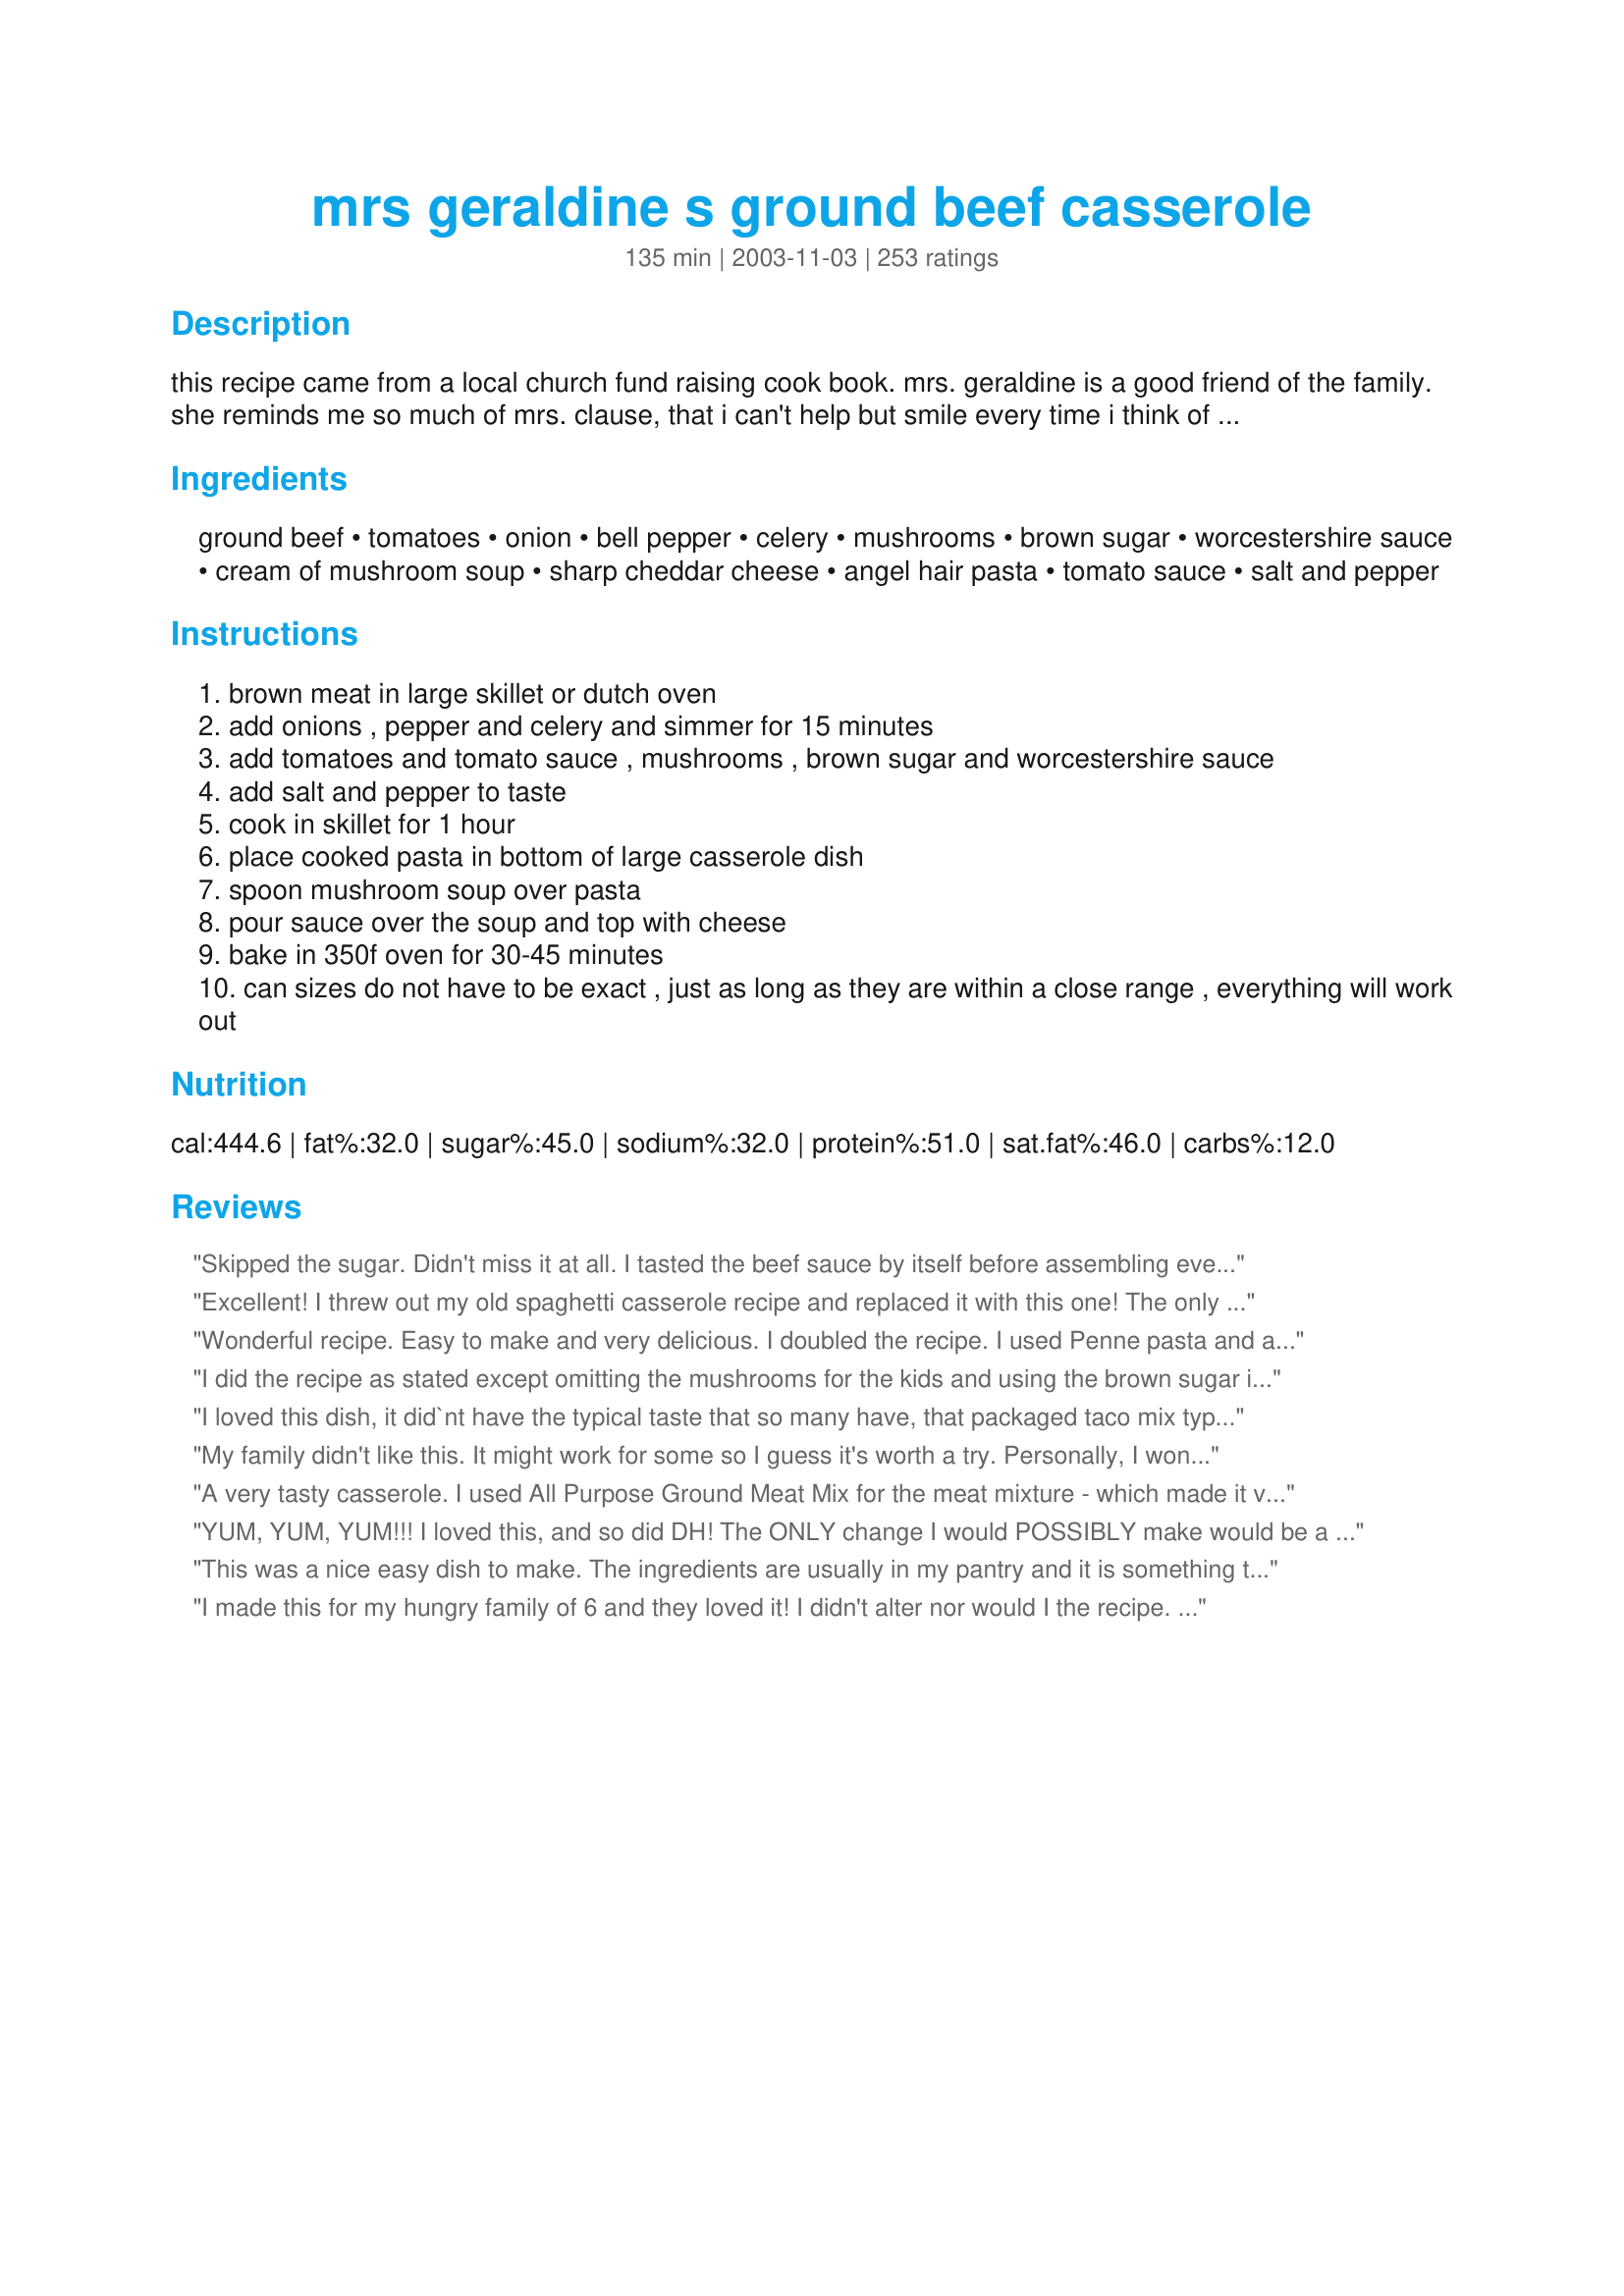
mrs geraldine s ground beef casserole
Preparation time: 135 minutes

this recipe came from a local church fund raising cook book. mrs. geraldine is a good friend of the family. she reminds me so much of mrs. clause, that i can't help but smile every time i think of her. this recipe freezes well. do not bake before freezing. just put it together, freeze it, thaw it and cook.

Ingredients:
ground beef, tomatoes, onion, bell pepper, celery, mushrooms, brown sugar, worcestershire sauce, cream of mushroom soup, sharp cheddar cheese, angel hair pasta, tomato sauce, salt and pepper

Steps:
brown meat in large skillet or dutch oven
add onions , pepper and celery and simmer for 15 minutes
add tomatoes and tomato sauce , mushrooms , brown sugar and worcestershire sauce
add salt and pepper to taste
cook in skillet for 1 hour
place cooked pasta in bottom of large casserole dish
spoon mushroom soup over pasta
pour sauce over the soup and top with cheese
bake in 350f oven for 30-45 minutes
can sizes do not have to be exact , just as long as they are within a close range , everything will work out

Reviews:
Skipped the sugar. Didn't miss it at all. I tasted the beef sauce by itself before assembling everything and worried that it might be too bland, but the cheese really makes all the difference. We also didn't bake it at the end; DH popped it in the microwave instead. Nonetheless really delicious! But as a one-dish meal, we think it really offered 4 servings, not 6. Maybe it's because I used whole wheat pasta? I won't hesitate to add more onions, celery and bell pepper next time!
Excellent! I threw out my old spaghetti casserole recipe and replaced it with this one! The only thing I did differently was to add sliced black olives to the sauce. Awesome!!!
Wonderful recipe. Easy to make and very delicious. I doubled the recipe. I used Penne pasta and added a little bit of ground pork sausage to the ground beef. I seasoned with Tony Chacheres, Oregano, and Garlic. Initially, I thought I had two cans of Cream of Mushroom, but discovered one was Cream of Mushroom/Chicken. I used it instead of going to the store. Still came out excellent. My grandmother suggested we make this dish for Thanksgiving!
I did the recipe as stated except omitting the mushrooms for the kids and using the brown sugar instead of pickle juice. It was rather disappointing. I don't know but maybe my taste buds are picky. I couldn't get the kids to eat it either. It tasted like sloppy joe on spaghetti noodles to me. Probably won't make it again. Sorry.
I loved this dish, it did`nt have the typical taste that so many have, that packaged taco mix type. I added a little more hamburger, I happened to have some fresh mushrooms so used that, I did the sweet pickle juice just because it intrigued me. I made two 9/9 dishes, one for the freezer because theres just the two of us. I will definitly make it again, Thanks.
My family didn't like this. It might work for some so I guess it's worth a try. Personally, I won't be making this again.
A very tasty casserole.
I used <a href="/31008">All Purpose Ground Meat Mix</a> for the meat mixture - which made it very simple to put together-and fresh mushrooms. Also used penne pasta and mixed the soup with it,but I did leave the pasta layer on the bottom.A very economical and tasty meal...I put half of each into two casseroles and froze one for later. Yum, can't wait!!!

3rd September 2006 - just a note to say that this has become a real regular in our house.... it's my go-to recipe when I'm strapped for time or when I'm not feeling up to cooking something elaborate. I've taken to adding a grated carrot and zucchini with the onions.
YUM, YUM, YUM!!! I loved this, and so did DH! The ONLY change I would POSSIBLY make would be a bit less sugar, and DH disagrees with me on that one! A great and easy dish to make whenever comfort food is called for. Thanks!!
This was a nice easy dish to make. The ingredients are usually in my pantry and it is something that my teenagers can throw together when it's their night to cook. Thanks for sharing, JellyQueen!
I made this for my hungry family of 6 and they loved it! I didn't alter nor would I the recipe. The only problem I had with it, is there were no leftovers... 2 + hours of prep time and no leftovers... may see about making double batch next time.
This is the ultimate comfort food! Tastes like something from my childhood. The only changes I made were to add three cloves of garlic when saut?ing the veggies and I used about 1/2 pound of beef instead of the full pound (it was plenty meaty for us). Thank you so much for this recipe, it's a keeper!
Made this yesterday as written. This is fantastic! My granddaughter ate 3 servings over a 2 hour period, ranted and raved how good it was. Will be making this again.
This was very good- worth the time. I didn't have all of the cheddar cheese this recipe required- so I improvised. I topped the casserole with American slices first, and then used about a cup of Mexican three cheese blend, and finished it off with shredded parm. It was really good, and I think thats how I'll make it every time!
Thanks for posting!
YUMMY!!! My family enjoyed this dish very much. Sucha great blend of flavors-thanks!!
This was excellent! Comfort food at its best. I had to make a couple of adjustments due to lack of some items. I had no celery and used fresh mushrooms. Used cream of chicken soup (that's all I had) and made mashed potatoes on the side instead as we had pasta the night before. My stepson even made a comment that it was good, which he doesn't do too often. Thanks for a keeper JQ!
Mmmm...kinda hamburger helper-ish, but good. 

I didn't have cream of mushroom soup on hand so I made a simple white sauce with mushrooms. Also, didn't have tomato sauce, used tomato soup instead and cut back the sugar to 1/2 tbsp. I mixed 2/3 of the cream of mushroom mix to the tomato sauce and mixed the remaining 1/3 with the noodles. I liked having two separate layers this way. I split the recipe into two pans, freezing one of them. I will add this recipe to my monthly freeze-ahead casserole rotation. Thanks!!!
Very good. I used elbow macaroni (because that's what I had in the cabinet). Didn't have worcestershire so I omitted that and the brown sugar. Left out the mushrooms and celery for my pickers. Was still really good. I might up the tomato sauce (next time will maybe try 2 cans) - but this was really good and my kids loved it.
I liked this better than my husband. He thought it was bland. I used the angel hair pasta, but think elbow macaroni would be better.
Delicious! I used the same ingredients except I subbed elbow macaroni, but I didn't bother to cook the ground beef and sauce mixture together at all. Once the ground beef and vegetables were cooked together, I simply mixed all the ingredients together and baked it. It was not overly saucy and cut the cooking time significantly. It was out of this world. Thank you for sharing, from all of us!
We loved this casserole. I left out the brown sugar because we don't like things too sweet. I also used a 28 oz can of tomatoes. Thanks.
I made this last night for dinner, yummy! Thanks for the recipe. I made quite lot of changes based on taste/what I had in the pantry, here's what I came up with: I used 1 28 oz can pureed tomatoes instead of the can of tomatoes & tomato sauce recipe called for. Added extra chopped sweet onion. Used red bell pepper and orange pepper instead of green, also probably used about 3/4 cup to a cup. Used about a teaspoon of celery seed instead of chopped celery.
Substituted chopped artichokes instead of mushrooms. Used cream of celery soup instead of cream of mushroom. Used manchego cheese instead of cheddar. Used Penne cooked to al dente instead of cooked angel hair pasta. And as the other reviewer suggested, I added 2 cloves of fresh chopped garlic to the onions as they cooked, and I stirred the whole thing prior to baking. Mine was not watery at all nor did I have to wait for the sauce to reduce a lot over the stove, really was delicious! We are thinking next time I make it to add maybe some chopped jalapenos and/or chopped green chiles. Mmmm!!! This is definitely a keeper!!
Jellyqueen, You must be seeing stars (5 of them) in your sleep. What is this now? The 43rd rave review? Although this dish took much longer than I usually like to spend on a week night, it was well worth it. I followed your directions exactly, using the brown sugar but I also took the advice of other reviewers and mixed the sauce and soup with the broken up pasta before putting it in the casserole dish. The family loved this dish! Thanks for a great new favorite!
This was good - kinda reminded me of sloppy joes on pasta. My 9 yo daughter wasn't crazy about the mushrooms or the taste. I read one review that mentioned using 2 cans of cream of mushroom soup instead of 1...I agree with that. I also added 2 cloves of crushed garlic as some suggested...a good add. Also, I only cooked the meat mixture on stove-top for 30 minutes an that was plenty. Any more time and it would have been too dry for the casserole.
This was a very good, hearty casserole. I cannot give it 5 stars because I altered the recipe slightly: I didn't have the 15 oz. can of tomatoes, just a 28-oz can of pureed tomatoes. I didn't put a full 1/4 cup of celery in, nor did I have any tomato sauce. All said and done, my husband and I have been enjoying leftovers of this cassorole for lunch all this week, so 5 stars for how economical this dish is. Next time I will add italian seasoning and perhaps some red pepper flakes to give it a little more zing. Thank you for the recipe!
I think I've found a new addiction, this casserole. Made as written except I didn't have celery and I added garlic. I only simmered the sauce for 30 min.(was in a time crunch) but it turned out great. I'm already looking forward to the leftovers tomarrow. Thanks for the new recipe, it will be a favorite in my house.
This dish was delicious. I didn't thing the sauce would turn out to great, it looked kind of soupy at first. But it thickend quite well at the end of it's cooking time. I also thought the cream of mushroom was kind of weird, but it worked out great. Even my little picky eater brother liked it. I will be making this again soon.
I was really hoping my family would love this, but no one was impressed. Hamburger mixture that you cook and put on top tastes a lot like sloppy joe, and that was pretty good. I would make and eat again, but I don't think my hubby and kids liked it real well.
Made a few changes......... didn't use Peppers or celery but added an extra mushroom. My wife thought it was great..... I think I would like to add some garlic and maybe a little more tomato sauce. Would make it again..........THANKS!!!
My husband and I tried this, but it was a little to sweet for our taste. Thanks for posting though...
Hubs really enjoyed the sweetness of the ground beef mixture and had 2 large servings for dinner...said he just couldn&#039;t resist. I am sure i will be reminded to make this many times over. Thanks!
Very yummy! I also mixed everything together before putting it in the casserole dish and added the cheese 15 minutes before it was done, came out excellent, thanks for the recipe.
I was excited to try after so many great reviews! It was quick & easy to make but a bit sweet for the family. Thanks for a different twist to a simple meal.
Very tasty but very time consuming to make. My entire family liked it. I mixed the soup and noodles together to make the bottom layer before pouring the meat mixture on top.
This was really tasty. I did have to add about a 1/2 tsp of salt. But YUM! Different, but good. Thanks for a new addition to my rotation.
This is sooo good! We loved this. I didn't add in the celery or mushrooms. I used brown sugar and spaghetti instead of angel hair pasta. I also added in a minced garlic clove, some Italian seasoning, and garlic powder.
Absolutely fantastic. It was very greasy, but I think I added too much cheese. Next time I will carefully get every little bit of grease off the meat, and use less (or reduced fat) cheese. This tasted incredible.
This casserole was just delicious! The only change I made was, I added about 1 Tbsp fresh chopped garlic in with the onions, celery and bell pepper, and used fresh sliced mushrooms instead of canned. I didn't have and angel hair pasta on hand, so I used spaghetti. Thank you Jellyqueen for such a wonderful casserole recipe, we really enjoyed it. I will definately be making this again, it was so good....Kittencal :)
Very good. The sweetness was a nice change. 8oz. of Pasta works fine. The Angel Hair is a must for this recipe. Just dump the sauce,soup & pasta together & mix VERY well. Then bake. DEEElish!!!
I left out the mushrooms - didn't have any at home and we were kind of snowed in last night. The daughters ate it - even after they saw the green peppers! That is unusual. Will save this for church pot lucks. I might try to make it and freeze first - and see how it turns out. I like to have casseroles in the freezer. Mary
Great Recipe. Everyone loved it. Gives a little spin to the normal pasta casserole. I also took eveyones advice and mixed the soup with the tomoto sauce.
This was great, My hubby couldn't stop eating it - he said it tasted too good!! Also, really kid friendly, even picky eater will like it!! Thanks for a great recipe!
I found that the mushroom soup did not enhance this dish. I used macaroni noodles in lieu of the thin spaghetti noodles. This recipe makes a lot of servings and leftovers warm up well. Prepared as a participant in the One Dish Casserole Event in the Cooking Photo Forum November 2009.
Family and I enjoyed this casserole. I used chopped tomatoes with chipotle and that added a slight smokey flavor to the tangy sauce. Thanks for sharing.
I have made this several times for people as a gift when someone is too tired to cook (new baby, surgery, death in the family, just moved in, etc) and I always get rave reviews. I double it and it fits nicely in 3 8x8 square pans.
Dissapointed. This tasted great but I had problems. Everything is layered and thats how it stayed after baking. Raw noodles on the bottom, with a layer of soup, with a layer of sauce, with a layer of cheese. I thought something would melt down into the noodles but it didn\'t. I also thought 45 minutes was way too long for the cheese so I added it at the last ten minutes of baking. Couldn\'t see rubberizing the cheese for that long. Wife wasn\'t sure how to serve it either. Tried spaghetti tongs and got a glob of cheese. Tried a serving spoon and got noodles sliding everywhere. Dissapointing, but I will try again and this time mix everything together before it goes into the baking dish.
I have never been as disappointed in a recipe as I was this one. After all the glowing reviews, I even doubled it in anticipation of a new family favorite. Everyone hated the sweet layer and soup layer combo..they wouldn't even eat it. I gave it two stars because it wasn't inedible..just not liked.
Thank you Jellyqueen and Mrs. Geraldine! This was a wonderful casserole. I used a bit more ground beef.. probably about a pound and a half. Also, I didn't have any angel hair pasta so I used spaghetti. My can of tomatoes was 28 ounces, but it all worked out very well. The only other thing I did differently was to add a bit of fresh garlic when I was browning the meat! The end result was absolutely delicious and I'll certainly be making it again!
This was a very delicious casserole! I was short on time so I only let the meat and veggies simmer for 30 minutes in the skillet instead of an hour. It was still great! I will definitely make this again.
All the praise is entirely justified. It was an absolutely lovely dish. I followed the recipe closely, only substituting the cream of mushroom soup for a cream of mushroom and onion and using two cans. I find the combination of the creamy sauce with the tomatoes is exceptional. Thank you for a true keeper!
Our family really enjoyed this recipe. I did make some substitutions to it first. I used ground chicken breast in place of beef, omitted the worcestershire sauce due to allergies, and added a drained can of corn to it. This is a recipe to be added to our make again list. Even my stepdaughter said it was delicious.
This was good, but I think next time I am going to omit the brown sugar and the worchestire sauce. I tasted the worchestire more than I would have liked. Will make again! Thanks
yummy! perfect comfort food. thanks for posting.
This was pretty good. I didn't have the celery or onions but I enjoyed it with them. <br/><br/>Next time I will separate the portions to put in freezer.
Good casserole. I did add garlic, mixed soup into sauce and layered over cooked penne.
Not much to add, after 103 reviews, except "YUM"!!
I also mixed everything together, and topped with cheese. I used only 1 Tbsp. sugar, and omitted the canned mushrooms. Unbelievable taste, even better the next day!!
This is a very warm, comforting dish on winter days. Thanks so much for posting!
Very good! I omitted a few things, because my family doesn't like peppers and mushrooms. I also added some chopped garlic with the onions and I used rotini pasta instead of angel hair. I will post the pick of our meal! I love this recipe!
Well now, I sure didn't know what to expect with this combination. I had ground beef on the shelf that was canned up already and just canned up some awesome tomato sauce the other day so making this was a snap. I did have to sub a can of tomatoes with onions/pepper/celery as I didn't have any celery. I added garlic to the ground beef and extra onion as I was heating it. I used cream of chicken soup instead of mushroom (all I had) mixed in with the cooked angel hair, layered the ground beef mixture on top of that, crossed my fingers, covered with foil and baked for 20 mins in the oven. I uncovered, added shredded cheese and baked for another 20 mins without covering again. What I didn't expect was my BF going back for a big helping of seconds and saying that we could have that again anytime. We really liked this recipe and I am so looking forward to lunch tomorrow! Thanks JQ for a great easy recipe... you made me look good!
Flavor is very good. I used wheat pasta. It's a little bit of work, but definitely worth it.
I have made this recipe several times. Am making it again tonight. I seldom follow recipes exactly as they are written unless they have lots of spice and ingredients. This is one where you can play around with quite a bit. Yes its a little bland. So just added garlic and your favorite spices. I added garlic powder, allspice, epicure beef and steak seasoning. I used coconut sugar instead of brown sugar. I always mix the mushroom soup with the pasta. This casserole is delicious. And yes, take a few minutes to bake it in the oven once its assembled. It is definitely worth the extra few minutes.
The whole family loved this, made exactly according to the recipe!
This was yummy and easy, thanks so much for the new recipe !
 I had a couple of pounds of ground beef in the fridge that needed to be cooked up soon, so I made a double batch of this. In one batch I used herb fettuccine noodles, and in the other I used spagetti. (didn't have any angel hair around) Both batches turned out excellent. I am sitting here now stuffed to the gills wishing I had room to eat one more bowl. I also added one cup of frozen veggies (corn, peas, carrots, and green beans) to each batch. My hat is certainly off to Mrs. Geraldine for this recipie!!!
It was good but not special. I have had terrific spaghetti type recipes and this is just normal. If I did rate I would have put in a 3. I made as directed only used spaghetti instead of angel hair pasta which would not change the overall taste.

UPDATE: It was a lot better the second day. If it was as good on day 1 as day 2 maybe a 4 rating. I thought the description of what to do was plain 1 noodles in pan 2 soup over noodles 3 meat sauce over soup 4 cheese over all
great
I thought this was a great recipe, but hubby and kids would prefer a thicker noodle. Used fresh mushrooms and ground pork instead of hamburger because it was on sale-tasted just like hamburger. This is definitely a recipe I will make again.
Was two sweet for my taste and I did not care for the Mushroom soup spread onto the noodles. I'm not a Mushroom soup fan so that is probably why. I think it would be good without as much brown sugar and omitting the soup.
Please accept my apology....(my
last review)....I did not read the directions properly.....my fault not yours.....VERY GOOD RECIPE.
My husband loved this. Also good reheated the next day. My daughter did not like the veggies in it so much, but she never has liked onions and such in a casserole, so she just ate around them.
This was pretty good.. next time I will mix the sauce around with the pasta a little before I bake it...
I was intrigued by the somewhat odd combination of ingredients...but it worked BEAUTIFULLY!! Even my hubby and son , who are NOT casserole lovers, ate this with obvious pleasure, It is delicious! Thanks so much for sharing...this is a keeper!
Very good casserole. I used thin spaghetti as others mentioned. For those who commented about the layers not working out, I did as others suggested and mixed the sauce, soup and cooked pasta together before topping with the cheese and it worked out great. Boyfriend loved it.
My family enjoyed this one thoroughly! A mild blend of flavors... very moist and delicious! I doubled the recipe (I knew it would be a winner) and used fresh mushrooms and whole wheat pasta. I will definitely make this again. Thanks, JellyQueen!
Definitely a 5 star! My daughter is a very picky eater and this got a thumbs up. I just used regular noodles too.
This was surprisingly good. I used fresh mushrooms instead of canned. My boys tasted the sweetness of the brown sugar and said it was good, but would be better without it, so next time I will leave that out. I will definitely make this again.
I was looking for something to stretch our budget, but good.. Boy, am I glad I found this recipe! This was SO GOOD.. My Hubby and I were both pleasantly surprised, especially because the list of ingredients is a little different. Wouldn't change a thing. We'll be doing this again, and again, and often!
It looked nice and there was nothing wrong with the recipe. To us, it tasted like sloppy joe on pasta. We did not care for it.
this was excellent! I used ground turkey and didn't have brown sugar, so I added a little bbq sauce. It was great! I was iffy on the cream of mushroom soup, but loved it in the end. We had garlic bread with it and it was perfect.
My family liked this. It was easy to put together. I used cream of celery soup instead of mushroom and left out the mushrooms for DS.
This was easy to put together. The flavor was kind of sweet. It tasted better as leftovers. I froze half and it worked well as a do-ahead meal. I'm not sure there's a purpose to including the cream of mushroom soup, I didn't detect anything about it that made it necessary.
This was delicious! I excluded the mushrooms (grandkids still drove me crazy by picking out tiny little mushroom pieces from the soup), I used spaghettini and a cheddar/jack combo. Thanx JellyQueen!
This is on the top of my list as GREAT comfort food!! Absolutely delicious. Thanks Jellyqueen for one of the best casseroles we have ever eaten.
This recipe was fabulous. I used medium sized shell shaped pasta and ground chicken instead of ground beef, also 1/2 tsp of chilli flakes for some punch. Cooked the sauce for only 30 mins and still is was super. Thanks for sharing this lovely easy recipe Jellyqueen.
I was expecting so much more based on the reviews of others but found this to be a very simple, unexciting, and plain meal. It's just OK. Not good, not bad, not worth making again. Sorry.
I thought this recipe was strange, but wanted something different so I tried it. It was pure comfort food, My DH and I loved it. With only 2 of us it made so much that I split it into 2 9inch square foil pans and froze one for later. Great recipe, thanks!!
This was &#039;different&#039;, but we really enjoyed it. Will be making again....
This was delicious. I used a package of medium egg noodles instead. My husband took seconds even though he was full from firsts. Good sign it's a keeper.
I was looking for a potluck dish, i doubled the recipe and kept one for ourselves...great midweek comfort food, feeds a bunch of people.we loved it!
I would love to give this a 5-star, but 2 of us gave 3 stars and 2 of us gave 5 stars. I thought that the brown sugar, worcestershire sauce and tomato flavors mixed quite well together. I used extra pasta, probably about 8 to 10 ounces, and that worked well. Thanks for the recipe.
This was not bad. Different. My youngest (nine) didn't like it at all. She said it tasted like ketchup. My husband and other two kids rated 3 to 4 stars. Thanks for sharing! The only thing I changed was I used fresh mushrooms instead of canned. Thanks for sharing.
I loved this casserole! I left out the mushrooms because my family won't eat them, but followed everything else. I thought the flavor was very interesting, and it is a definite comfort food. Thanks!
Really wanted to like this dish. Found it just to be ok and that was it.
Yummy! Even better reheated. I loved that the recipe included a variety of vegetables. Thank you!
What a great recipe! Our tweaks: 1T sugar instead of 2T, 3T worcestershire instead of 2T, and we added 1/2t of granulated garlic and some crushed red pepper. That Mrs. Geraldine is one fine neighbor!
This was ok, I would most likely not make it again, there was nothing wrong with it, just was not my thing I guess.
Very good casserole. Some people say it's bland but I just added salt and pepper to taste to the sauce like the recipe said. I covered it while it was baking.
Such a wonderful recipe! We loved it. Due to tastes in my house, I did not use celery, mushrooms, or mushroom soup. Followed the remaining ingredients and added about 2 tbsp garlic and 3 oz of cream cheese. Wonderful! With a little garlic bread, you are good to go. I cooked the original sauce for about an hour, but only baked in the oven for about 15 minutes until cheese was good and melted. Loved this one :)
I used veggie crumbles instead of beef and soy sauce instead of Worcestershire sauce. Awesome vegetarian dish! I mixed it all together in the frying pan.
After all the rave reviews, I expected this dish to be over the top good. While we certainly found it to be a filling hearty meal, it was nothing to write home about. So unfortunately, for the amount of time it takes to make, we won't be making this again. There are too many other faster and more interesting recipes out there. Sorry!
This was really delicious and what a kid pleaser!
Simple, easy to follow recipe.
Thanks for posting!
This was yummy! I used vermicelli instead of angel hair and it was perfect. The next time I may had another can of soup but other than that, it was perfect. Also, for those counting calories, I was able to get 15 servings out of this and one serving was less than 300 calories!
This recipe worked very well for my OAMC. I made it ahead of time, put it in a lined pan, and froze it. Once it was frozen, I popped it out of the pan, and placed it in a freezer bag. The trick was remembering to put it in the same pan to defrost, it didn't come out as well once thawed completely. I made the recipe to a T, except I left out the celery, as we didn't have any. Family loved it, even my picky 3 year old ate it. I packaged it into two pans from one recipe, and both are now gone! Thanks for a yummy new way to eat ground beef!
I gave this a five star even though it had a few things that we didn't like...I will be making this again but will use less pasta, I used a 16 oz package of angel hair pasta and it was just entirely too much...much it was very good once we were able to taste it beyond the pasta. Thanks for sharing.
It's ok. I wish I would have left out the cream of mushroom soup and added more garlic. I think I would have liked it a lot better if I had done that. That being said, it was fast and easy to make, so I will try it again only making those changes and changing my rating ( if I feel it needs to be)
I would rate 4stars but since it was easy family recipe i did 5. The taste was good. My family enjoyed. Will try 1 tbs brown sugar next time. I omitted the mushrooms. Doubled the veggies, plus 1 clove of garlic. I added 1/8 tsp red pepper flakes to balance out some of the sweetness. It tasted like a sloppy joe on spaghetti, so we decided to call it slop-sketti. Thanks for an easy casserole.
This was a great recipe! My husband didn't care much for it, but he is extremely picky and he doesn't like mushrooms, so just knowing the soup was in it turned him off to it lol. I thought it was wonderful, thank you for sharing!
A keeper.
This was good. Left out the celery as dh won't eat anything with celery in it. I didn't have enough time to let it simmer for an hour, but it was still good. I'll make it again, trying the garlic addition. Can't wait to try the leftovers tomorrow.

I wanted something fairly quick to make for dinner last night and this recipe was it! I left out the celery, just because I was fresh out and it was still delicious. My hubby and son loved it and we're all having leftovers for lunch today. Thanks for a great recipe!
Great casserole! I didn't have any onions or bell peppers, so I used a can of diced tomatoes w/onions and roasted garlic. Even with these substitutions this was a wonderful casserole. Thankyou so much for another great recipe!
I made this recipe tonight. We enjoyed it. I liked the sauce and debated with not putting the cream of mushroom soup in. I did it and it was good. But I think next time I will not put the soup in. I liked the sauce too much to have it diluted by the soup.
okay add me to the list who loves this recipe...very simple but tasty..i did not let mine simmer a whole hour as was pressed for time. But still turned out fabulous...
I loved this. It would have been better with more sauce. I liked the flavor so much, I think I will use it as a spaghetti sauce.
Great freezer meal. Perfect recipe size to freeze half and eat half now (use 9X9 pan). I would cut back a bit on the brown sugar next time. A bit sweet for my taste but my 8 yr old daughter loved it as is (go figure...)
Very tasty. I wasn't following the directions closely enough and dumped the soup (I used cream of broccoli) into the tomato mixture. It turned out great. Only two of us, so we ate half and I froze the other half. Great easy recipe - even when made wrong. Thanks Jellyqueen.
This was ok, not wonderful. I made it for DH who loved it (he loves all things pasta) and he ate it up but I found it a bit ho-hum. Tasted like baked spaghetti and seemed like a lot of work for the result.

If I make it again, I would add more veggies and try and separate the layers a bit more - I did mix it up as suggested by others but maybe that is what made it so-so.
Very good, cheap, easy! Will make it again, but next time I will double the sauce as we like our pasta extra saucy and this turned out a little dry for us. I used cream of celery soup and left out mushrooms (I don't like the canned variety), and I broke up the angel hair in thirds before cooking. DH and DS (age 2) gobbled it up & it still made plenty leftovers. Will make again to freeze for DH to heat up when I'm at work. Thanks for sharing! Will be keeping this in my receipe files for a go-to recipe!
I absolutely loved this and would have given 5 stars, but my dh wouldn't even finish his portion. He said he thought the soup was what he didn't like about it, so I may try it again and either mix the soup with the pasta or leave it out altogether.
I made it because so many reviewers rated it five. I gotta say, I was dubious. I was wrong. It is yummy. Sons raved. Note: my oven died and I finished it on the stove top. I put a slight layer of sauce on the bottom, layered it as instructed and covered. Lowered the temp to low and left it for about 40 minutes.
The odd ingredients in this casserole was what made me want to make it for dinner one night when I was serching for something different for ground beef. Absolutely delicious. Husband loved it. Said it was beeter than the one I usally make and I should keep the recipe just as was and not try to improve on it.(as I usually do.)

Retired Cook
Thank you Jellyqueen and Mrs. Geraldine! This is a great homestyle comfort-food casserole, simple and delicious, and even better the next day.
To those who have given this recipe a low rating because "they were expecting something more, given all the 5 star reviews", it's a hamburger casserole, folks. Look at the ingredients - once you mix these items together, it's pretty obvious that the end result is not going to be a dish you might see coming out of Daniel Boulud's kitchen ;)
The people who have given this 5 stars have done so because it is an excellent version of what it is: hambuger casserole; not because it is an excellent version of Seared Rib Eye with Spinach Subric & Sauteed Porcinis. Sheesh!
Thank you for posting this, Jellyqueen, sometimes the best recipes come from community cookbooks!
This is wonderful!! I made this the other night for my DH. He loved it. This is definately a keeper in our household. I did the same as some others though. I mixed the soup with the spaghetti, I also added some garlic. Thank you for posting this. I'm sending the recipe to my brother in Canada. He'll love it!!
The first time I made this I didn&#039;t enjoy it as much. I remember the worcestershire was too much for me. The second time I halved the worcestershire and it was much better. A lovely, comforting and enjoyable dish, thank you.
Very tasty. Added 1 tbsp minced garlic as others suggested. Casserole does have a sweet taste. We liked it! Thanks for sharing the recipe!
I left out the bell peppers, pickle juice or brown sugar. This is very good. Next time I will mix the noodles with the soup as some noodles had no soup on them. I had two helpings and my husband finished the rest. LOL and I thought that there would be leftovers for lunch the next day, NOT. I will fix this again would be a quick fix using leftover meatsauce. Thank you for posting jellyqueen.
I made this when I was stocking my freezer for the birth of my daughter. Very yummy and if possible better after being frozen. I have already made it again and the baby is only two months old. My two yr. old gobbled it up and asked for more. 
Thanks Jellyqueen!
Made this tonight and it was a big hit! I'm not normally a fan of processed foods like the soup, but made an exception since I had some to get rid of. Next time I will use some sour cream, sauteed onions and mushrooms. Only change I made was to use ripe (red) pepper instead of green. This was really wonderful and the kids just ate it up - lots of hidden vegetables too - so very good for them! Send Mrs Geraldine my compliments and tell her two little girls in Ireland are loving it! I got two 8x8 pans out of this, since DH was working late, so froze one. Thanks for sharing!
Made this for supper last night - with modifications... I didn't have any plain tomato sauce, so I used pre-made vodka sauce; wanted more veg, so grated in a carrot and had no spaghetti-type pasta, so used rotini. I mixed the soup (cream of chicken, no crm. mush.) with the cooked pasta, then layered the sauce and cheese on top. DH and my 4 yr. old both asked for more... an almost unknown occurrence for my son, so a great compliment! Thanks for the recipe!
It was ok but nothing that I'd make again. Normally I'm a fan out of anything out of a church cookbook. Worth trying though.
Yummy! I really liked this dish! Next time I'll stir the soup in with the pasta so it's not so dry. Very tasty and very filling! I will make this again!
This was very good. I left out the mushrooms and used 2 T of brown sugar. I agree with others who think it too sweet, will cut back to 1T next time, yes there will be a next time.
A very good hamburger casserole. Everyone in my family gobbled it up. With the brown sugar and Worcestershire, it reminded me of a sloppy joe taste, but the mushroom soup made it different. I followed the advice of others and broke the angel hair in thirds before cooking, and combined the pasta, sauce and soup before placing in the casserole. The recipe didn't say to cover the sauce while cooking for an hour, but I was concerned the liquid would evaporate and it would dry out, so I did cover it for most of the hour. I'm glad I did, because I would not have wanted it any more dry. I'll definitely make this again.
I'm new to this whole cooking business and this recipe turned out perfectly. My husband and sister gave it a great review and asked me to make it again. I did use fresh mushrooms. I'm not a fan of mushrooms so I diced them up. Delicious and I may make this again in a week.
Great flavor and so easy to put together! The only change I made was combining the cooked pasta and mushroom soup together before pouring it into the baking dish. Will make again!
I've had this printed off for a number of years and never got around to making it, until now.<br/>What was I waiting for? 5 stars from my boys! Used brown sugar instead of pickle juice and did add some fresh garlic. Used cream of mushroom soup, but left out the veg itself. Super tasty and will definitely make many times over! Thanks Jellyqueen for a keeper!
I made this for tonight&#039;s dinner. I actually started it the night before. I did the first five steps and put it in the fridge. When I got home from work tonight I cooked the pasta and put it in my large casserole dish,topped with the soup followed by the sauce and cheese and popped it in the oven. Easy. DD wasn&#039;t sure if she liked it at first but we all agree, the more we ate, the more we liked it.
I have to admit, the recipe itself did not excite me but with all the good review I had to give it a try. This is a great family dish as it was enjoyed by kids and adults. As a matter of fact, at the end of the nightly battle to get my 4 yo to just try dinner, she looked at me and said "mmmmmm good food." Followed the recipe as written using brown sugar. Next time I might use more ground beef, more mushrooms, and garlic but it was also very good as is. This definately goes into the permanent file.
OMG...I made this y'day at my parents for my family and a 9x13 pan was devoured! I omitted the bell peppers and the celery and used brown sugar. I also mixed everything together except the cheese and it came together beautifully! Thank you sooooo much for a delicious recipe Jellyqueen!! :)
As a previous reviewer stated, this takes alot of time for a casserole but let me assure you that it is worth every minute. It takes awhile but at the same time it is very simple and the finished product is way better that I could've imagined.
Like you really needed another review of this recipe, but you know me, I had to see what all the hoopla was about! Now I know cause the casserole was fantastic. I omitted the brown sugar as you suggested since I didn't want it to have a sweet taste and of course I had to add in several shakes of garlic powder. Otherwise, I followed the recipe exactly. This one is going in my permanent recipe book. Thanks for sharing this recipe!
My DH LOVED it and went for seconds. It tasted a little like chili to me. Really good though.
love it!! there was no way to divide this & save some, my family ate every last drop. I followed the suggestions of others, I mixed everything together, topped with cheese & then put it in the oven. Thanks Jellyqueen for sharing this great recipe.
My family has made a similar recipe for some time, but no one writes anything down in my family, so it seems the recipe has changed over the years. This taste like I remember. I used ground beef this time, but this is also great with sausage. Thanks for restoring a childhood favorite to its former glory.
Very nice but it takes forever to make. Or maybe I was just too exited about it and could not wait for it to be done :-)
Wonderful. The mushroom soup adds an unusual element for a red-sauce-and-pasta casserole, and after baking, I couldn't see any trace of the mushroom soup-- it all soaked up into a heavenly mixed-up sauce. I really liked that the pasta stayed a little separate from the sauce- made for a nice looking serving. I don't think I would have been able to identify that there was soup in the sauce had I not known. Wonderful taste. Might be my favorite casserole now! Thank you, Mrs. Geraldine and Jellyqueen!
I made this tonight and we liked it. I did however make a few changes. I used extra lean ground beef, fresh tomatoes rather than canned, low fat cream of mushroom soup, italian tomato sauce (to have a few extra spices, added garlic and used rotini rather than angel hair pasta. Thank you for posting. Nov. 18th I reheated this dish that I made last night and it is much better! Next time, I will omit the tomatoes.
I sent this recipe with my sweetie when he had to go work overseas. He doubled the recipe so should have fed 12 -16 people. Four guys ate it up with all taking a to go plate for lunch the next day. They said it was better the next day and everyone was emailing him wanting the recipe. So, he earned his executive chef status from this recipe! Surely a keeper, thanks for the awesome recipe. There are just some great cooks in this world, and Mrs. Geraldine must have been one of the best! Thanks for sharing!
This is great. As I made this, I realized a major shortcut. Why not use ground beef, Manwich sloppy joe sauce, mushroom soup, and cheese. This could be a really quick and easy recipe for an "on the move" family!
Jelly... your recipes are always the best! We actually liked this casserole better the next day. This one is certainly a keeper.
This was very good! Followed the recipe exactly and my family loved it, it is rare they will all eat the same thing. I used spaghetti, this made a ton, the leftovers were great for lunch!
Good casserole-comfort food! I did modify it quite a bit for our liking: I used tomatoes from the garden, no celery or mushrooms, half the sugar, cream of chicken, added a Goya season packet with safron. I'm looking forward to leftovers tomorrow!
My family loves it! Just a few things, I added 2 cloves of garlic when browning the meat & added some cayenne pepper to make it spicy (or you can sprinkle with red pepper flakes before eating). My husband was eating the sauce before I could get it in the oven! I serve with ceasar salad & the combination is delicious!
This was terrific! I used Angel Hair Pasta and mixed the soup with the pasta, it is really good-enjoy!
I must say that this recipe was good. It was a little confusing with the different types of ingredients used. I think I may have used too much spaghetti in the mix. I thought this was "ok". A little bland...
Now I know what all the fuss is about! This is total comfort food. My DH inhaled 2 large plate fulls and I was ordered to amke this again. I read all the reviews and from them I took this with me before preparing it. I broke the pasta into thirds before cooking them. I used brown sugar instead of pickle juice. I left out the mushrooms (so the kids would eat it) and after I had all but the cheese layered, I took a spatula and gently went into the noodles so some sauce would seep down. The results were fantastic! Another must try Zaar recipe!
So good! Thanks so much for the recipe!
I made this for a friend tonight and he said it was delicious!
Added Tomato sauce, to thicken it so I didn't have to cook it for an hour on the stove. Added Italian seasoning plus some garlic salt. Omitted the Bell peppers. Didn't have mushroom soup so, I add celery soup and did not chop any celery. I also used bow tie noodles. 1/2 a package bag of noodles. I will give stars after we taste.

5 stars...my dh loved this one.
Fixed this tonight for my hubby & I. I really liked it & he said it was ok, but he is not a pasta fan. This is very easy, I doubled the red sauce & froze half for next time. I also mixed the pasta (I used penne which worked wonderfully) with the mushroom soup. I am sure we will have this again & I am mailing the recipe to my daughter. The grandkids will love this I think. Thanks Jellyqueen for a easy, tasty recipe.
This was very good. I took the advice of the other posters and mixed up everything but the cheese before it was baked. It has a wonderful flavor. We will definatly be making this again--I would probably add more veggies next time, just for nutrition.
wonderful recipe. I used macaroni. And I used a 28 ounce can of diced tomatoes. I used a little bit more of each veggies (celery, pepper, onion). And I used fresh mushrooms that I added at the same time as the previous veggies. The mushroom soups adds a wonderful taste to the whole dish. It gives a lot and it's perfect for the lunches at work/school. Thanks Jellyqueen :) Made for All you can cook buffet
A little time consuming for a hamburger casserole (thus the four star rating). However, all the leftovers mysteriously disappeared, so someone in my house obviously liked it!
I have been wanting to make this for about a year now, I made this last night. We all very much enjoyed this although next time I will cut back to one tablespoon of the brown sugar as we don't really care for sweet. But I will add this into our monthly rotation. Thanks for a wonderful recipe :-)
What a wonderful dish! I made this tonight and all 4 of us gobbled it up! It made a large batch, so my husband will be taking what's left in his lunch tomorrow! 

I wasn't sure if I was to drain the mushrooms or not, but I did anyway. 

I also did NOT cover it as it was baking and much of the juice from the sauce evaporated, but it left this casserole just right consistency!

Made it exactly as directed and oh, so good!

Thanks for giving me another great recipe for my collection!
I love this recipe. What a difference the soup makes... different flavor from your usual casserole. I didn't have celery and I hate mushrooms so I threw in a can of chopped, green chiles. I also did a quick sprinkle of red pepper flakes. I didn't simmer for as long as stated but it still turned out wonderful. My 3-year-old loved it as well. Great leftovers, for potlucks, OAMC, etc. Thanks... this goes in the "favorites."
I took a bit of license with your recipe..hope I didn't compromise the dish! I added the mushroom soup with the other liquids and only cooked for half an hour. Added half the cheese (used Velveeta) directly to the hot noodles and the rest on top. All the flavors were included but used what I had on hand and speeded up the process a bit. The result was a tasty dish that I will make again...thanks!
another nice spaghetti dish
This is another keeper! Very tasty! My son really enjoyed it and said it would also be good with chicken in place of the ground beef.
Thanks for sharing.
Good recipe, easy to prepare, using ingredients that are usually in everyone's pantry. Easy to increase ingredients for making extra for a freezer meal. My son loved it and will be taking the leftovers in his lunch. Thanks for sharing.
We enjoyed this recipe. The changes I made; I increased the beef 1/4 lb & cut back the pasta & brown sugar abit. To cut back on some fat/salt I didn't add any extra salt & I only used 1/2 can of soup with 3 oz of yogurt added. Due to reading other reviews, I mixed in the soup/yogurt mixture into the pasta. I cooked (covered) for 25 min, put on the cheese & cooked another 15 min (uncovered). Turned out perfect for us. Somehow I forgot to add fresh garlic, however I didn't miss it, the flavour was really good. Thanks for sharing.
Well, after all the rave reviews, I was a bit disappointed that this didn't knock my family's socks off. My kids trudged through it, not even finishing. My dh said it tasted like Chef Boyardee. I thought it tasted so much like my favorite sloppy joe recipe that it didn't seem right with noodles. Since salt & pepper amounts weren't specified, I added 1/2 t salt and 1/8 t pepper, and that seemed fine.
After a bad day, no one to eat with, this was the BEST comfort food ever. I didn't have angel hair pasta, so I used macaroni. SO GOOD. THANK YOU!
I made this tonight for dinner and boy was it good!! I made it in 2 smaller pans....DSS will not eat mushrooms. I tried both, and prefer it with the mushrooms. A great comfort food and great recipe!! Thank you for sharing!!
I don't think I have ever had such a more comforting and great tasting casserole! The flavor is undescribable, almost like a hickory-tomatoe taste. My husband brought that to my attention when he asked if I had put BBQ sauce in it! I too took the advice of many reviewers and mixed the pasta, sauce and soup before putting in the baking dish. We enjoyed this with ceaser salad, bread and butter, and a tall glass of milk!! Thank you sooooo much JB this will be made over and over again. DH already called from work to make sure we didn't whats left without him! Thanks again!!
This tasty dish makes a big casserole, considering you're starting with only a pound of beef! After cooking the sauce for an hour I was at step 8 but really had a good amount of liquid, along with the main ingredients. I was afraid that I shouldn't put all of that onto the pasta. But I did. It turned out fine. The pasta seemed to soak up the extra liquid and it wasn't a problem. My DH thought the flavor was great, but being a guy he suggested adding more beef. I must confess to adding some minced garlic and leaving out the bell pepper, due to personal preferences. Tell Mrs. G that this dish was super! Good contribution, JQ!
Very easy to make. I used regular spaghetti sauce instead of the tomato sauce and everything was awesome! even my picky two year old loved this!
Thank you! I made this today-- I doubled everything except the amount of ground beef. It was SO-O-O good. I was hoping to have some left-over to enjoy again tomorrow, but only have a dab left. I am SAVING this recipe in a SAFE place! : )
Nice casserole! DH loved it.
YumOOOOO Great dish. Will make again. Try freezing it next time for a quick evening meal. Thanks. I did double the tomatoes and the brown sugar and omitted the tomato sauce. Other than that GREAT!!!
this was ok but nothing to shout about. For all the work and time involved I was hoping for something better.
This is a great all-round casserole I know I'll make many times. I added 1T chopped garlic when I browned the meat, and used 8 oz. thin spaghetti broken in thirds. Highly recommended.
This casserole tasted great! I am a batchelor student, so anything I can make in bulk and freeze is a godsend. I used bowtie pasta instead of spaghetti, because I like chunkier pasta in my casseroles; I also didn't come anywhere close in terms of the sizes of the cans, etc. but everything worked out swimmingly. Thanks for the recipe!

-Matt

loved it loved it loved it!!!!
Great casserole. Used the brown sugar. Made it the day before which is convenient for from me. Also made a individual casserole for Dd to take to work. Will be making this again. Thanks Jellyqueen.
This is a very nice dinner. You HAVE to use the Angel Hair Pasta, it woundn't be the same without it. I only simmered the veggies and meat for 1/2 an hour, as that is all the time that I had, but it was still great. I used more veggies than it called for, and cut down on the meat by about 1/3rd. But, it was great. The DH and kidlets gobbled it up with a nice green salad. Thanks for the great recipe!
WooHoo! Quick and easy! A total Man pleasing meal. Hearty and Delicious! Super easy to put together. I used about 2 pounds of ground beef since I had to use up what I had in the fridge. I used a combination of Mancheago, Cheddar and Parmesan Cheeses with Tubettini pasta. Delicious!
This was fine. It made me rethink the way I will use Zaar in the future. Certain Chef's like Mean Chef have established credibility with me - excellent results using their recipe. Those who rave about this recipe aren't wrong - they just have different taste than I do. I am going to pay less attention to the ratings and more to who is doing the ratings. Thanks for taking the time to submit your recipe.
YUM! This was great - froze it as directed and it was a wonderful meal to come home to.
This casserole was great! Took awhile to make, but it was definatly worth it. I didn't have any celery so I used some celery salt and doubled the mushrooms. I also used mozza, instead of sharp cheddar because I didn't have any. I was concerned the sauce wouldn't simmer down, it was very runny at the start. After the hour of simmering it was perfect. The brown sugar and worcestershire sauce added great flavour. I will definatly be making this often :)
This is now one of my family favorites. Quite a simple recipe with basic ingredients that becomes something wonderful!
I made this last week and forgot to review it. Well this recipe is a winner! I loved it and my son loved it, we actually ate all of the leftovers and that is unusual around here. I made it because I thought the photo looked really good, but this stands alone on taste and texture, I normally hate warming things up in the micro, especially pasta, it tends to get hard and yukky, this didn't, in fact this only got better as leftovers.
I used regular spaghetti.
Thanks!
I "almost" followed to a T. I used Rotel instead of can of tomatoes sprinkled some celery seed since I didn't have any celery on hand and omitted the mushrooms. I also used Macaroni instead of angel hair pasta. It was delish! Eveyone enjoyed it too! Thanks for sharing!!
This was probably one of the most delicious meals I have ever made. I didn't have any pepper, celery or mushrooms in the house and the flavour was still amazing. Thank you so much for sharing this amazing recipe which will now become a staple in our house.
this recipe is worth the time put into it. I used brown sugar, next time I will try with pickle juice just to see if there is a big difference (not that I didn't love it with sugar).
This was very good. My 6 year old didn't like it (whatever!), but my husband loved it. I think I will try a thicker noodle next time.
This is just heavenly. Like someone else said I was really suprised how far you can stretch the ground beef!!!! In my hunger I mixed the mushroom soup in with the tomatoes. But it still turned out divine!! Really a crowd pleaser. Also I used some left over hamburgers from last nights dinner and it was perfect. Thank you for a new staple to my dinners!!
Very good! I left out the mushrooms and substituted the mushroom soup for cream of celery, since I don't like mushrooms. The soup gave it a totally different flavor and look. I used more spaghetti than it called for too. Yum!
My family was very happy with this hearty and tasty casserole. It contains ingredients that I always have on hand and it was fairly easy to make. I divided into two smaller casserole dishes and put one away in the freezer for another time. I thought it had a good all-around well seasoned taste. Thanks for posting.
Made the recipe almost exactly as written. This was pretty good but not great. The meat layer had very little sauce after cooking for 1 hour, even after I added more tomato sauce than the recipe called for. The noodles would have been dry if I hadn't mixed the mushroom soup with the hot pasta. I think I would make this again, but may need more liquid.
I was alittle skeptical for some reason about this but it is SO good. My husband could not stop eating it! I followed the recipe fairly exactly..probably used a tad more ground beef, didn't measure the green pepper - used a whole one, used 1/2 an onion, a couple stalks of celery. Thanks so much! It's a keeper!
Was a bit bland so I added some dry herbs and garlic.
I used vermicelli pasta, which I broke into 3rd's. 
I also added some garlic spread to the beef for extra flavor. I mixed all the ingredients together.
I put 1/2 into a foil 8" square pan and froze it and the other half was plenty for the 2 of us for supper - even had a little left over. Served it with a Caeser's salad.
We enjoyed this recipe. I did omit the celery and bell peppers (just personal choice). I used petite diced tomatoes and a little more tomato sauce than the recipe called for. We will definitely be making this again.
Thank you this is a very good recipe. It is a nice way to use ground beef. My family loved it and I'll make it again.
The cream soup adds a great flavor. Due to taste preferences in our house, I used cream of chicken soup and omitted the mushrooms and bell peppers. I also added garlic. Next time I might add a bit of cayenne pepper for a kick.
I had to give this dish 5 stars! Not to often do my kids go back for seconds, or thirds for that matter. My whole family loved this casserole. Thanks for posting:)
This was really good. I left out the celery, used ground lamb, and used a can of tomato paste with water. All changes made based on what was on hand. It was so flavorful that you could barely tell that we used ground lamb. Thank you for a wonderful recipe!
Wow Jellyqueen...this is a comfort casserole at it best!!! Excellent!! I didn't have a green pepper and I threw in 2 garlic cloves. This will be in my top ten casseroles for sure! Thanks again! :)
Ate this last night. Spectacular! My husband raved. Since I'm lazy, I broke up the prep time as follows:

made the sauce part (soup, tomatoes, seasoning) the night before and put in fridge. The next day, all I had to do was brown the meat and cook the pasta (used whole wheat, thin spaghetti) Used 2% cheese on top. Mixed up the whole mixture together as other reviewers suggested, put in casserole dish and covered with foil in the fridge until time to pop in the oven.

I will definitely make this a part of the rotation....although I think my husband would like it a lot more than once a month, LOL.
My husband said that this is his new favorite meal! I followed the recipe with the exception of the mushrooms and bell peppers for the kids.
Sorry, but this recipe was just no that good. Very bland.
My family didn't care for this too much. It was a bit too sweet for our taste. Easy to put together and it made a lot but I just don't think we will make this again.
DH said "this is really good" (without prompting!) I used ground beef mix that I usually keep in the freezer (browned with onions and garlic), plus some leftover storebought frozen peppers and onions, skipped the celery, and used the brown sugar. Only simmered for about 15 mins, but it still worked. We enjoyed half the pan in one sitting, just me, DH and DD (only 2 yrs old!)
This was very good, but I don't know why it is to be baked. After assembling, and topping with cheese, everything is cooked. So why bake it and cook it more? Otherwise a fine recipe.
Very, very good. I used stewed tomatoes to cut the skillet cooking time to half an hour, used 16 oz. of tomato sauce, not the 8 oz., which would have been too little sauce for our taste, and also mixed a light coating of olive oil with the pasta before pouring the sauce over it. I do plan on using more than 6 oz. of pasta next time, and I also plan on using a mozzarella/cheddar mix. Thanks.
Just as yummy as it was messy. Comfort food rocks and so does this dish. YUM!
this is an awesome casserole great flavor and looks i just put in 1 tablespoon of brown sugar and instead of tomato sauce i put in pasta sauce it was what i had on hand and man when it got done it was so good there wasnt any leftovers great with garlic bread thanks for sharing
I love this recipe! It tastes like it is a lot unhealthier than it really is. My husband is convinced I add sour cream to it, which of course I don't. The simmer time is rather long so I have found the best way to make this work for me is to spend some time on the weekend and get it to the point of assembly and then put it in the 'fridge for use as a weeknight meal. Then whoever gets home from work first pops it in the oven for the bake time. Because I don't use celery for anything else and didn't want to buy a whole batch just for this, I omit the celery and use an entire green bell pepper instead. Also, instead of can mushrooms I use the pre-sliced fresh ones in the produce dept of my grocery store. To cut down on fat, I rinse the ground beef after it is done browning. Only downside of the dish is because it's so tasty, we tend to eat more than a portion at a time.
This was really good for such an easy casserole. A very hearty, stick-to-your-ribs, comfort food meal. As per some other reviewers suggestions I mixed everything together before putting it in the casserole dish, but otherwise followed the recipe as written. It was very moist and delicious. This recipe is definitely being added to my rotation of OAMC (once-a-month-cooking). DH said it made his "Yum-Yum List" which is the top compliment he gives! I made a double batch and served it at a large family gathering expecting to have an ample amount of leftovers... Well, there was only enough casserole leftover for 1 or 2 small servings!! Thanks for sharing this recipe!
Very easy recipe and delicious too! The only tweek I made was adding about 5 oz of cream cheese to the mixture (like other reviewers, I mixed everything but cheese together before putting in 9 x 13 baking pan) and it was so good. An added bonus it that this recipe calls for basic pantry items. Thanks so much!
This recipe is a keeper. I was a bit leery of the mushroom soup but it was a hit. I used a 3-cheese blend rather then just cheddar and I also added 1/2 cup of frozen mixed veggies. Thanks for sharing!
I made this last Monday for my husband & I as we had all the ingredients here in the house. It was delightful! It tasted different than anything that I've ever made due to the ever so slightly sweet flavor. 
I froze half of it (noodles & all) and my husband got it out the next day & ate all of it! Really good & I will definitely make again!
Disappointed. I hate to say it because this is the top rated recipe for ground beef so I was looking forward to trying it. However, this was the blandest dish I have ever made. I followed the directions to a "T" and it was very bland. It took a lot of time to prepare and in my opionion was a waste of ingredients.
Excellent, Jellyqueen! I cooked down some fresh tomatoes for a few mins and added them instead of using canned. I also added a bit of garlic and used elbow macaroni since I was out of angel hair pasta and spaghetti (it's raining and I didn't want to go to the store). Yummy! This recipe is a keeper and will be made again. Thank you for sharing it, and please extend my thanks to Mrs. Geraldine.
...txgammi
What a delicious family meal. I followed the recipe with the excetion that I omitted the canned mushrooms, although I would have used fresh ones if I had them to hand. I also used vermicelli noodles and didn't precook them (they only take 4 minutes)so I simply broke them up and put them in the casserole dish. Yummy, thanks for posting this one.
This is the third time I've made this and never make it same but it always turns out fantastic. Great recipe for working with what you have. I didn't have any meat this go around so I used a can of kidney beans instead and it was still really good. No celery or mushrooms so I added more green bell pepper and half a yellow bell pepper. Used 2 cans of FF crm of mushrm soup with a couple tablespoons of half and half to thin it a little bit and pre-mixed that with the pasta. Only had about 1/2 cup cheddar cheese so I added a 1/2 cup good parm cheese to the soup mixture/pasta. Only put the cheddar on one side and will add more after going to the store this week:) NOTE ABOUT PICKLE JUICE/SUGAR ISSUE: The two options provided do not have equal sweetness and the pickle juice is mostly vinegar. I use spicy and sweet pickle juice- 2T. If I was using brown sugar, I'd only put in 2 teaspoons to start with and then taste halfway through cooking and would add a T of vinegar as well. I think the pickle juice makes the difference so use it if you've got it! If you double up on the cream of mushroom soup then this makes for good freezing.
I was very excited about this recipe after reading allthe reviews. However, the casserole tasted somewhat weird for my taste. What a dissapointment! Maybe too much worcestershire sauce! It was very salty too. I don't think I will make it again.
This was quite tasty. However, I think the name is a little deceiving. I think it is more like baked spaghetti than a ground beef casserole. Let me restate though, quite tasty! Here is what I did: added minced garlic to the ground beef and omitted the peppers. Everything else was exact. I think there should more ground beef. I used one pound, but think 1.5 or even 2 would be better. Seemed to have more spaghetti noodles than ground beef. I especially LOVED the cheese on top. The corners and sides got all bubbly and brown and was great tasting. Definitely worth making. However, realize that this is like a baked spaghetti dish - if that is what you are looking for versus a ground beef casserole. I would have given it a 5, but it wasnt quite what I expected. Still very very good though.
Wow. Mt brother in law went back for seconds. It was deeeelicious. The kids were "ugh" on the mushrooms, but otherwise it was a hit. I love casseroles, and this one is a keeper. It's so easy and adaptable to what you have in your fridge! I served it with some quick buns. recipe #35889.
A very simple and easy recipe to do!! Very delish and made it on our 1st SNOW DAY of 2012!!
This casserole was really good. Simple to put together and we all liked it. I will be making this again. I liked the addition of the cream of mushroom soup, it really added a diffrent dimension to this pasta dish. I did use thin spaghetti, but it didn't seem to effect the end result......Stephanie
April1: Do you think it had too much spaghetti because you said you used 16 oz. when the recipe calls for 6 oz?
This is very good. It was a bit short on salt and pepper (my fault) but that can be easily adjusted next time or at the table. I did use spaghetti. I used more cheese than called for due to the dish I chose to bake it in. I wish that I would have used fresh mushrooms! We will make this one again. Thank you for the recipe.
I changed my rating of this since although it was not enjoyed at first it was much better the next day. I think the problem with the noodles being mushy was my fault as I must have overcooked them...I will try it again.
This is not a sauce over pasta in the traditional way nor is it a meatloaf. But it sure is easy to make and good to eat. Can't add much more to what has been said except to say thanks for posting this Jellyqueen.
It is funny how polarized the reviews of this recipe are. People seem to either love it, or really detest it. I have now made this three times and we have knicknamed it sloppy joe casserole...so if you are wondering, it does sort of have that taste/flavor to it. So if you don't like sloppy joes, you may want to skip this recipe. Personally, we all love them and so this recipe is in our make often book The first time I made it I have to admit I was skeptical of putting the mushroom soup in...but followed the recipe exactly and was pleasantly surprised by the result. My husband loved it as well. First time I made it my daughter didn't like it, but now she gobbles it up as well.
This was delicious. I omitted the celery and mushrooms, and used a 15 oz can of tomato sauce. I also used thin spaghetti instead of the angel hair.
This was good for such an easy casserole. I was in a hurry so I wasn't able to saute the sauce as long as I wanted but it was a nice and moist casserole. The best part is my two kids who don't each much of anything ate it without complaint. My three year old ate two bowls. Thanks for sharing.
My family really liked this. I don't like whole tomatoes so I put in 15 oz. of tomato juice instead. I didn't let the meat simmer for as long...an hour seemed a little overkill when I had unexpected guests and hungry kids waiting. Still was fine with just simmering while I waited for the pasta to cook. 
I also didn't add the sugar or pickle juice. Was afraid it would be bitter then but it was fine.
Didn't really care for the taste. I took all the other suggestions and mixed it up. My kids did not care for it either and they are not picky eaters.

Shannon95
It's all been said! 5 Stars plus. Weeknight comfort food at it's best. Thanks for sharing Mrs. Geraldine's recipe.
Great weeknight recipe! Made it without onions and bell pepper and didn&#039;t miss it, came out yummy.I did mix the cream of mushroom soup in with the sauce mixture before spooning over the pasta, I wanted to be sure that my husband would like it since he&#039;s not into cream of anything soups, and he did! Thanks for posting, great recipe!
I've recently discovered the oamc style of cooking and made this recipe. I had just come from the warehouse store and had a package of 5.5 lbs of ground beef. I browned and drained that and then I put it aside. I then chopped up 1 large bell pepper, 4 ribs of celery, 2 med size onions and 2 good sized zuchini. I sauted the celery, onion and bell pepper together with a couple of tb of margerine for about 5 minutes. I then added the zuchini and 2 tb of chopped garlic and cooked for another couple of minutes. I then added the ground beef, 4-14.5 cans of diced tomatoes, 1 28 oz can of tomatoe sauce. I left off the mushrooms and used 8 tb worcestershire and 4 tb of brown sugar (sounds like a lot but really isn't as I was making 4 casseroles) I simmered all for a full hour. To assemble, I laid out 4 casserole pans, in each I added approximately 6 ounces of cooked spaghetti (broken into 3rds prior to cooking). I then spread cream of mushroom soup on top (for 4 casseroles, I used 3- 26 oz cans which is almost twice the amount suggested in the basic recipe). I topped with the ground beef sauce and stirred all together to meld the flavors. I topped with sharp cheddar and then froze. To cook, I defrost a day or two in the fridge and bake covered in a 400 degree oven for 30-45 minutes. I remove the foil for the last 5-10 minutes to brown the cheese. My family absolutely loves this dish, the first time my husband ate it, he had 3 helpings. Note, as I have young children, I don't add anything more than some kosher salt and a little black pepper during the cooking of the sauce. If I were making this for something like a potlock dinner, I would add some red pepper flakes to spice it up a little, though in my opinion it is plenty good without it as well.
Mmmm good! I used ground turkey breast/ground round mixture, half the sugar, red pepper, fresh mushrooms, a can of stewed tomatoes and whole wheat elbow pasta. It reminded me of the goulash my mom used to make. Thank you Jellyqueen for passing this on. Its a keeper!!
I don't know what gave this casserole such a wonderful flavor, but my husband raved about it. I divided it into 2 parts so I could freeze one for later. That was a mistake because we would have eaten leftovers today. But there was only a little left and I ate it for lunch. I did use regular thin spaghetti instead of angel hair pasta. I think angel hair is much too delicate for this sauce and would probably get gummy when you baked it.
This was really yummy. Quote from DH "You've kicked a goal with this one" I made as directed except left out the celery & also added some bacon. I also used chicken mince instead of beef as that's what was on hand. Even my picky 2 year old DD gave this one a go so for that alone it's 5 stars.
Thanks for posting!
Great casserole! Loved the sauce flavor and the addition of mushroom soup. Also I rinsed the broken cooken noodles before layering in the pan so they would be easy to serve and not stick together. Thanks for posting!
WOW what a great tasting casserole. I took the advice of previous posters and broke the spaghetti into thirds. I also mixed it with the cream of mushroom soup and added some garlic to the sauce. This is a keeper for sure. Thanks Jellyqueen.
This was good. It was definitely different but a good use for some ground beef.
Great casserole. I cut the sugar content in half because we don't care for too much sweetness in our savory dishes.
Definitely a keeper.
Margie
Great family dish. It would be great to make after making too much pasta the night before or using up a batch of bolognaise sauce from the freezer, the variations on this are huge. I used different veg in mine (used what I had) but followed the rest of the recipe exactly and it turned out great. Thanks JellyQueen
This casserole is delicious. I made it for my weekly dinner with my grandparents and they both loved it. I did use a 27 oz can of tomatoes, and I think next time I will use a 16 oz can of tomato sauce. BF thinks penne pasta would be good in it too, we may try that next time. This one is a keeper! It makes plenty of leftovers and very affordable to make.
love it! love it! love it! and so did the rest of my family. my 20 month old actually ate her whole plate, and that never happens. this dish is the definition of comfort food. i will be making this one for years to come.
